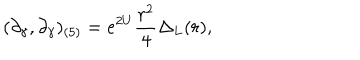
( \partial _ { \gamma } , \partial _ { \gamma } ) _ { ( 5 ) } = e ^ { 2 U } \frac { r ^ { 2 } } { 4 } \Delta _ { L } ( r ) ,